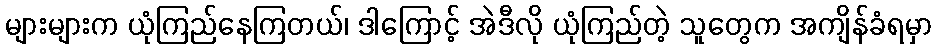
များများက ယုံကြည်နေကြတယ်၊ ဒါကြောင့် အဲဒီလို ယုံကြည်တဲ့ သူတွေက အကျိန်ခံရမှာ